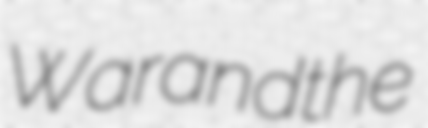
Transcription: War and the